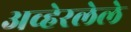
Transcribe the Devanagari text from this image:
अव्हेरलेले